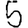
Digit: 5